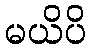
မယိပိ